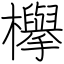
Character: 欅